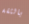
بالثقة